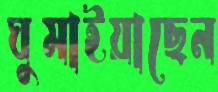
ঘুমাইয়াছেন